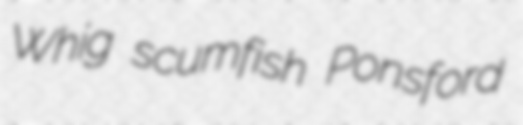
Whig scumfish Ponsford